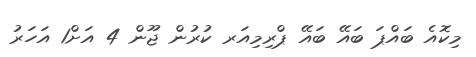
މިކޮއެ ބައްޕަ ބައޭ ބައޭ ޕްރިމިއަރ ކުރުން ޖޫން 4 އަށް1 އަހަރު